Scottish Certificate of Education, 1962
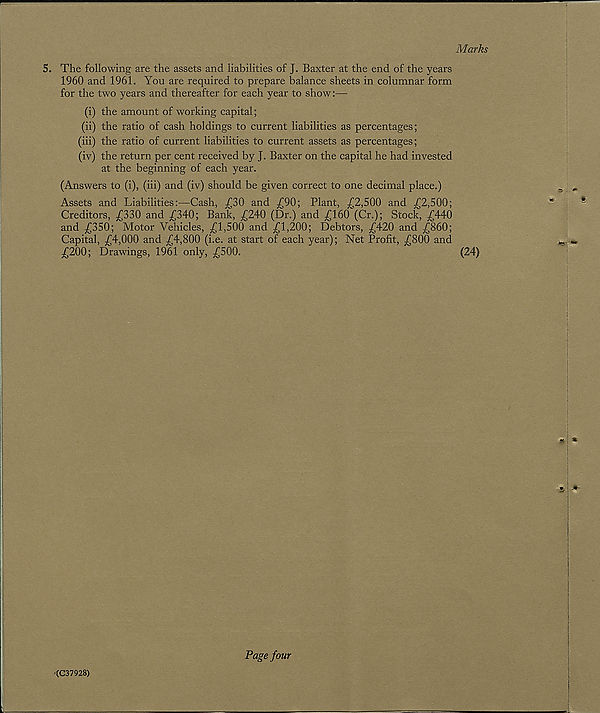
Marks
5. The following are the assets and liabilities of J. Baxter at the end of the years
1960 and 1961. You are required to prepare balance sheets in columnar form
for the two years and thereafter for each year to show:—
(i) the amount of working capital;
(ii) the ratio of cash holdings to current liabilities as percentages;
(iii) the ratio of current liabilities to current assets as percentages;
(iv) the return per cent received by J. Baxter on the capital he had invested
at the beginning of each year.
(Answers to (i), (iii) and (iv) should be given correct to one decimal place.)
Assets and Liabilities:—Cash, ^30 and £90; Plant, £2,500 and £2,500;
Creditors, £330 and £340; Bank, £240 (Dr.) and £160 (Cr.); Stock, £440
and £350; Motor Vehicles, £1,500 and £1,200; Debtors, £420 and £860;
Capital, £4,000 and £4,800 (i.e. at start of each year); Net Profit, £800 and
£200; Drawings, 1961 only, £500.
(24)
'(C37928)
Page four